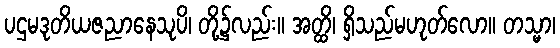
ပဌမဒုတိယဇညာနေသုပိ၊ တို့၌လည်း။ အတ္ထိ၊ ရှိသည်မဟုတ်လော။ တသ္မာ၊